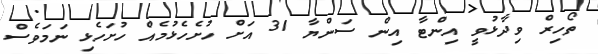
ތޯހިރް ވިދާޅުވީ އިންޓާ އިން ސަންޔާ 31 އަށް ހުށެހެޅުމެއް ހުށަހެޅި ނަމަވެސް